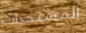
المستجدات